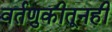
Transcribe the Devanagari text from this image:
वर्तणुकीतूनही